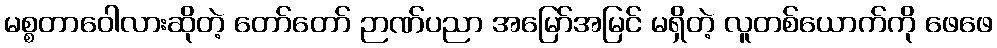
မစ္စတာဝေါလားဆိုတဲ့ တော်တော် ဉာဏ်ပညာ အမြော်အမြင် မရှိတဲ့ လူတစ်ယောက်ကို ဖေဖေ